Punjab Mental Hospital Lahore 1932-46 - 1932-1946
Year: 1932
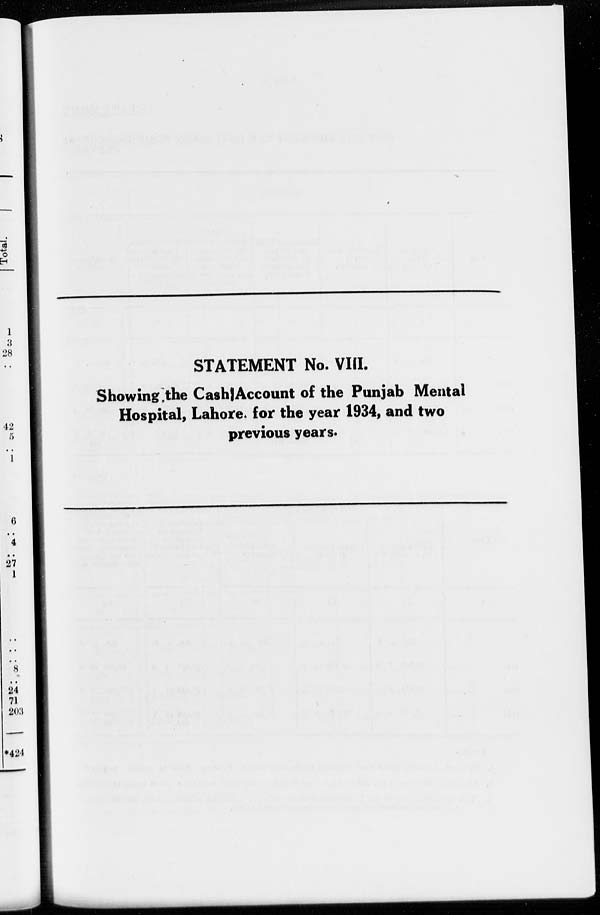
STATEMENT No. VIII.
Showing the Cash Account of the Punjab Mental
Hospital, Lahore, for the year 1934, and two
previous years.